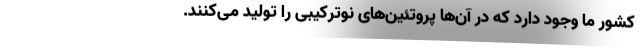
کشور ما وجود دارد که در آن‌ها پروتئین‌های نوترکیبی را تولید می‌کنند.